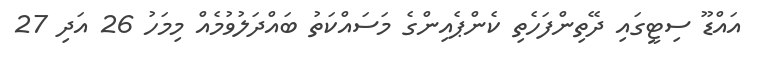
އައްޑޫ ސިޓީގައި ދޭތިންފަހެތި ކެންޕެއިންގެ މަސައްކަތު ބައްދަލުވުމެއް މިމަހު 26 އަދި 27